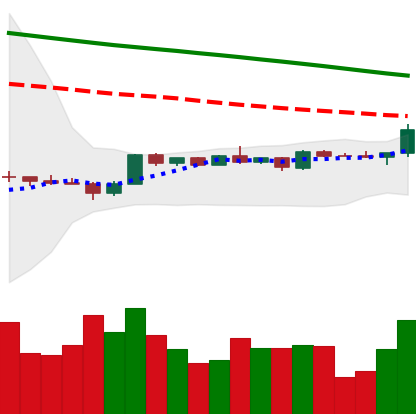
Ticker: BTC-USD
Chart end date: 2022-12-13
Forward return: -5.755%
Label: down_5_7